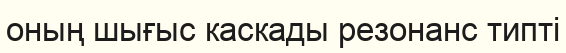
оның шығыс каскады резонанс типті